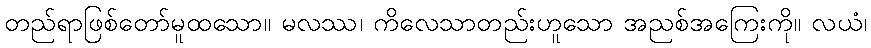
တည်ရာဖြစ်တော်မူထသော။ မလဿ၊ ကိလေသာတည်းဟူသော အညစ်အကြေးကို။ လယံ၊